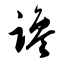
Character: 谗